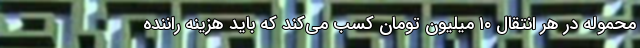
محموله در هر انتقال ۱۰ میلیون تومان کسب می‌کند که باید هزینه راننده